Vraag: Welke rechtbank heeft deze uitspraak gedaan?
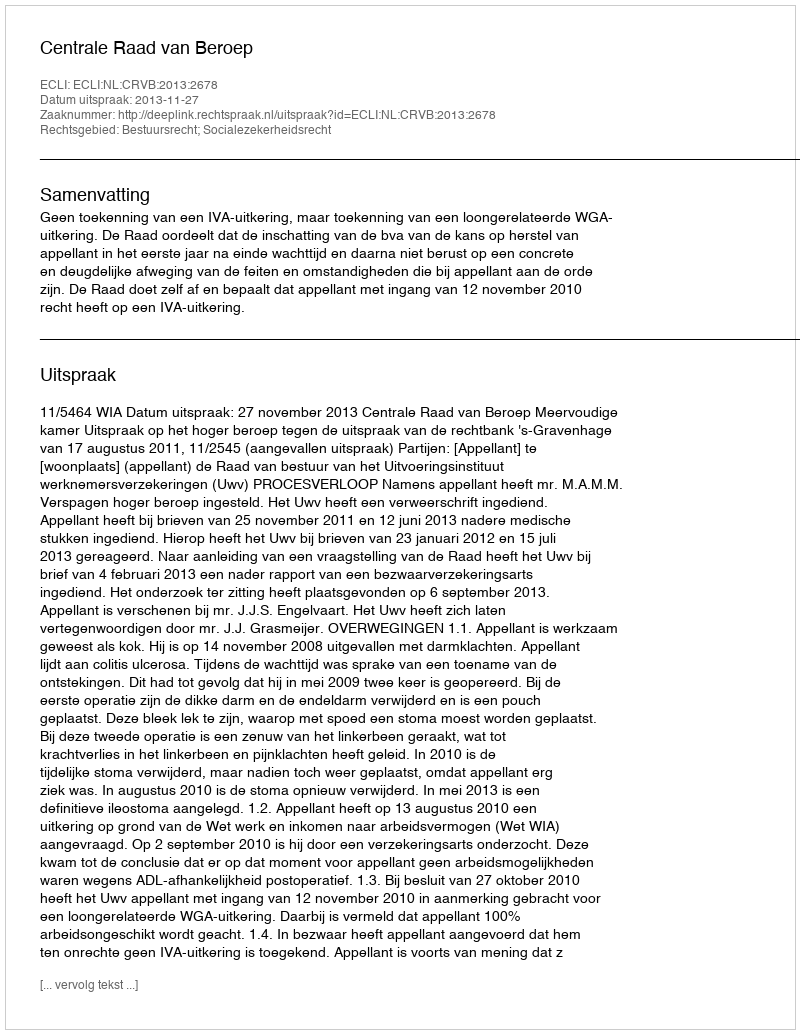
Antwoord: Centrale Raad van Beroep